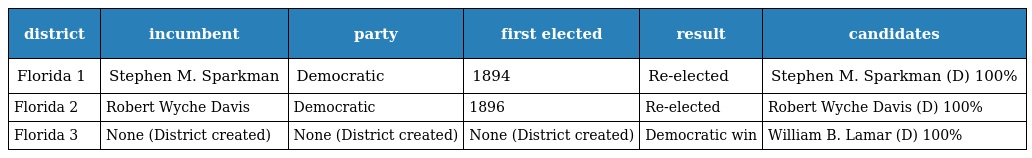
| district | incumbent | party | first elected | result | candidates |
 | --- | --- | --- | --- | --- | --- |
 | Florida 1 | Stephen M. Sparkman | Democratic | 1894 | Re-elected | Stephen M. Sparkman (D) 100% |
 | Florida 2 | Robert Wyche Davis | Democratic | 1896 | Re-elected | Robert Wyche Davis (D) 100% |
 | Florida 3 | None (District created) | None (District created) | None (District created) | Democratic win | William B. Lamar (D) 100% |